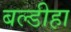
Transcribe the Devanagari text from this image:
बल्डीहा